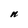
Character: n